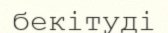
бекітуді